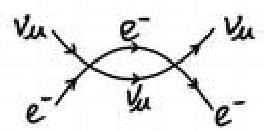
\begin{align*}
\nu_{\mu}&\to e^{-}\to\nu_{\mu}\\
e^{-}&\to\nu_{\mu}\to e^{-}
\end{align*}